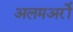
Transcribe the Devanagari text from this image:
अलमअर्रो